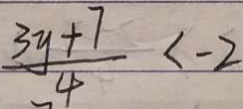
\frac { 3 y + 7 } { 4 } < - 2